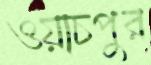
ওয়াচপুর